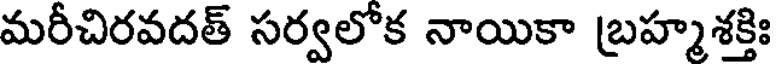
మరీచిరవదత్ సర్వలోక నాయికా బ్రహ్మశక్తిః